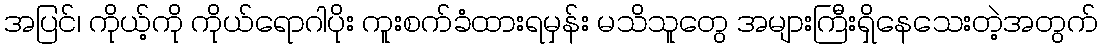
အပြင်၊ ကိုယ့်ကို ကိုယ်ရောဂါပိုး ကူးစက်ခံထားရမှန်း မသိသူတွေ အများကြီးရှိနေသေးတဲ့အတွက်